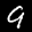
Label: 9